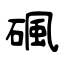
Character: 碸